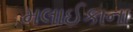
મલાઈકાના